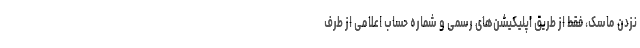
نزدن ماسک، فقط از طریق اپلیکیشن‌های رسمی و شماره ‌حساب اعلامی از طرف